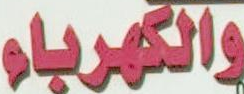
والكهرباء